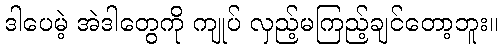
ဒါပေမဲ့ အဲဒါတွေကို ကျုပ် လှည့်မကြည့်ချင်တော့ဘူး။